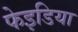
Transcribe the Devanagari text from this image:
फेइडिया